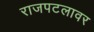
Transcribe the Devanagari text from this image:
राजपटलावर